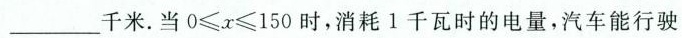
___千米.当$$0 ≤ x ≤ 1 5 0$$时，消耗1千瓦时的电量，汽车能行驶